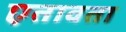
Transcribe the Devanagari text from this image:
एतावता